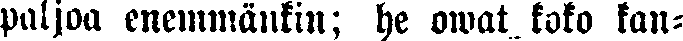
paljoa enemmänkin; he owat koko kan-